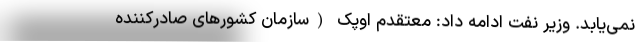
نمی‌یابد. وزیر نفت ادامه داد: معتقدم اوپک (سازمان کشور‌های صادرکننده